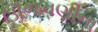
ઊજવણીના